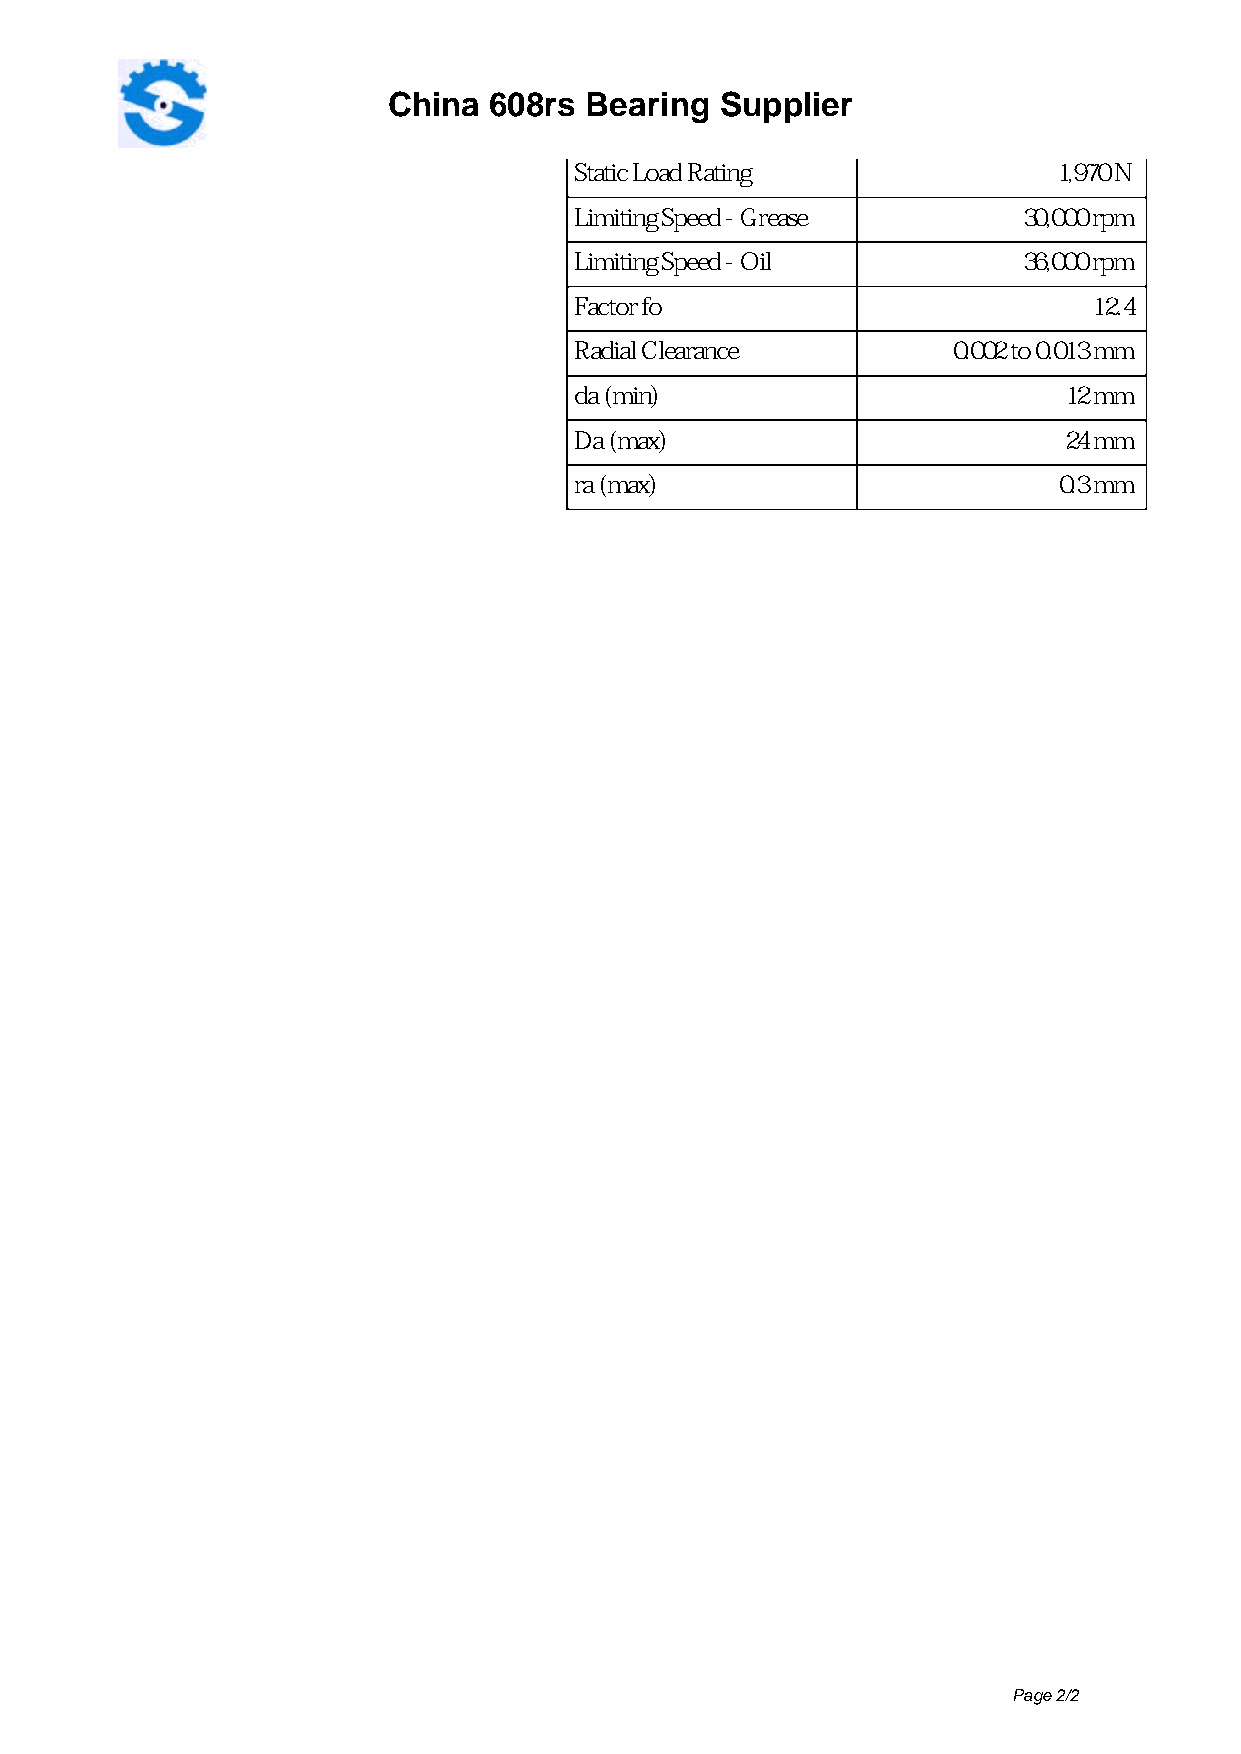
China 608rs  Bearing  Supplier
 Static Load Rating              1,970 N
 Limiting Speed - Grease       30,000 rpm
 Limiting Speed - Oil          36,000 rpm
 Factor fo                         12.4
 Radial Clearance         0.002 to 0.013 mm
 da (min)                        12 mm
 Da (max)                        24 mm
 ra (max)                        0.3 mm
 Page 2/2
 Powered by TCPDF (www.tcpdf.org)